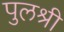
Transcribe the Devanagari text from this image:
पुलश्री